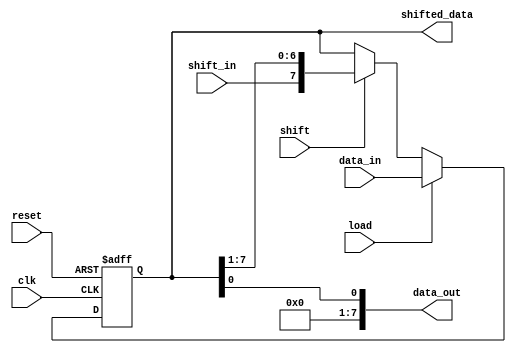
module parameterized_shift_register #(
    parameter WIDTH = 8  // Default width of the shift register
)(
    input wire clk,               // Clock signal
    input wire reset,             // Asynchronous reset
    input wire [WIDTH-1:0] data_in, // Parallel input data
    input wire shift_in,          // Serial input data for shifting
    input wire load,              // Control signal for parallel loading
    input wire shift,             // Control signal for shifting
    output reg [WIDTH-1:0] data_out, // Serial output data
    output reg [WIDTH-1:0] shifted_data // Parallel output data
);

    // Internal register to hold the shift register data
    reg [WIDTH-1:0] shift_reg;

    // Always block for synchronous operations
    always @(posedge clk or posedge reset) begin
        if (reset) begin
            // Reset the shift register to zero
            shift_reg <= {WIDTH{1'b0}};
        end else begin
            if (load) begin
                // Parallel load operation
                shift_reg <= data_in;
            end else if (shift) begin
                // Shifting operation
                shift_reg <= {shift_in, shift_reg[WIDTH-1:1]}; // Shift right
            end
        end
    end

    // Assign outputs
    always @(*) begin
        data_out = shift_reg[0]; // Serial output is the LSB
        shifted_data = shift_reg; // Parallel output is the entire register
    end

endmodule